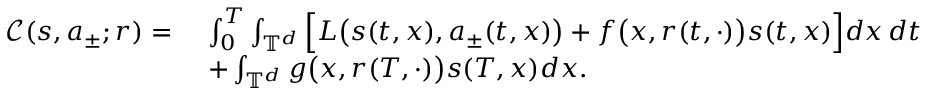
\begin{array} { r l } { \mathcal { C } ( s , a _ { \pm } ; r ) = } & { \ \int _ { 0 } ^ { T } \int _ { \mathbb { T } ^ { d } } \Big [ L \big ( s ( t , x ) , a _ { \pm } ( t , x ) \big ) + f \big ( x , r ( t , \cdot ) \big ) s ( t , x ) \Big ] d x \, d t } \\ & { \ + \int _ { \mathbb { T } ^ { d } } g \big ( x , r ( T , \cdot ) \big ) s ( T , x ) d x . } \end{array}